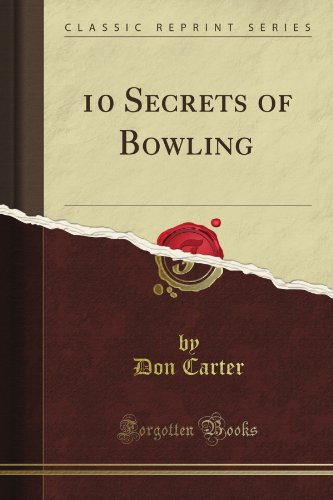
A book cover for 10 Secrets of Bowling (Classic Reprint); Don Carter; Sports & Outdoors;